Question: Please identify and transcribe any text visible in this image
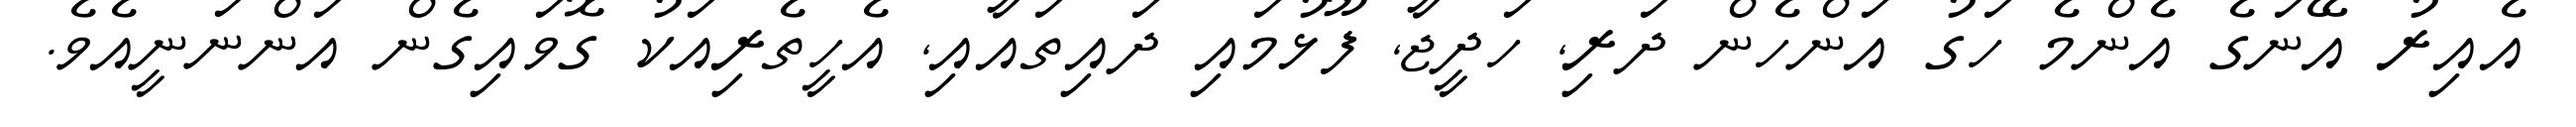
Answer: އެއިރު އޭނަގެ އެންމެ ހަގު އަންހެން ދަރި, ހަދީޖާ, ފޫޅުމައި ދައިތައާއި, އެހީތެރިއަކު ގޮވައިގެން އަންނަނީއެވެ.